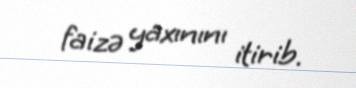
faizə yaxınını itirib.